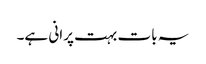
یہ بات بہت پرانی ہے۔